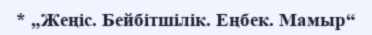
* „Жеңіс. Бейбітшілік. Еңбек. Мамыр“